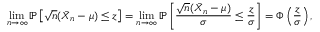
\operatorname* { l i m } _ { n \to \infty } \mathbb { P } \left[ { \sqrt { n } } ( { \bar { X } } _ { n } - \mu ) \leq z \right] = \operatorname* { l i m } _ { n \to \infty } \mathbb { P } \left[ { \frac { { \sqrt { n } } ( { \bar { X } } _ { n } - \mu ) } { \sigma } } \leq { \frac { z } { \sigma } } \right] = \Phi \left( { \frac { z } { \sigma } } \right) ,